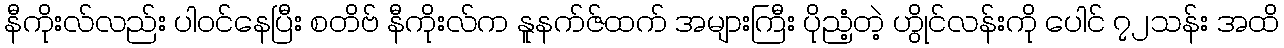
နီကိုးလ်လည်း ပါဝင်နေပြီး စတိဗ် နီကိုးလ်က နူနက်ဇ်ထက် အများကြီး ပိုညံ့တဲ့ ဟွိုင်လန်းကို ပေါင် ၇၂သန်း အထိ